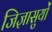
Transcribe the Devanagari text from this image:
जिज्ञासुयों